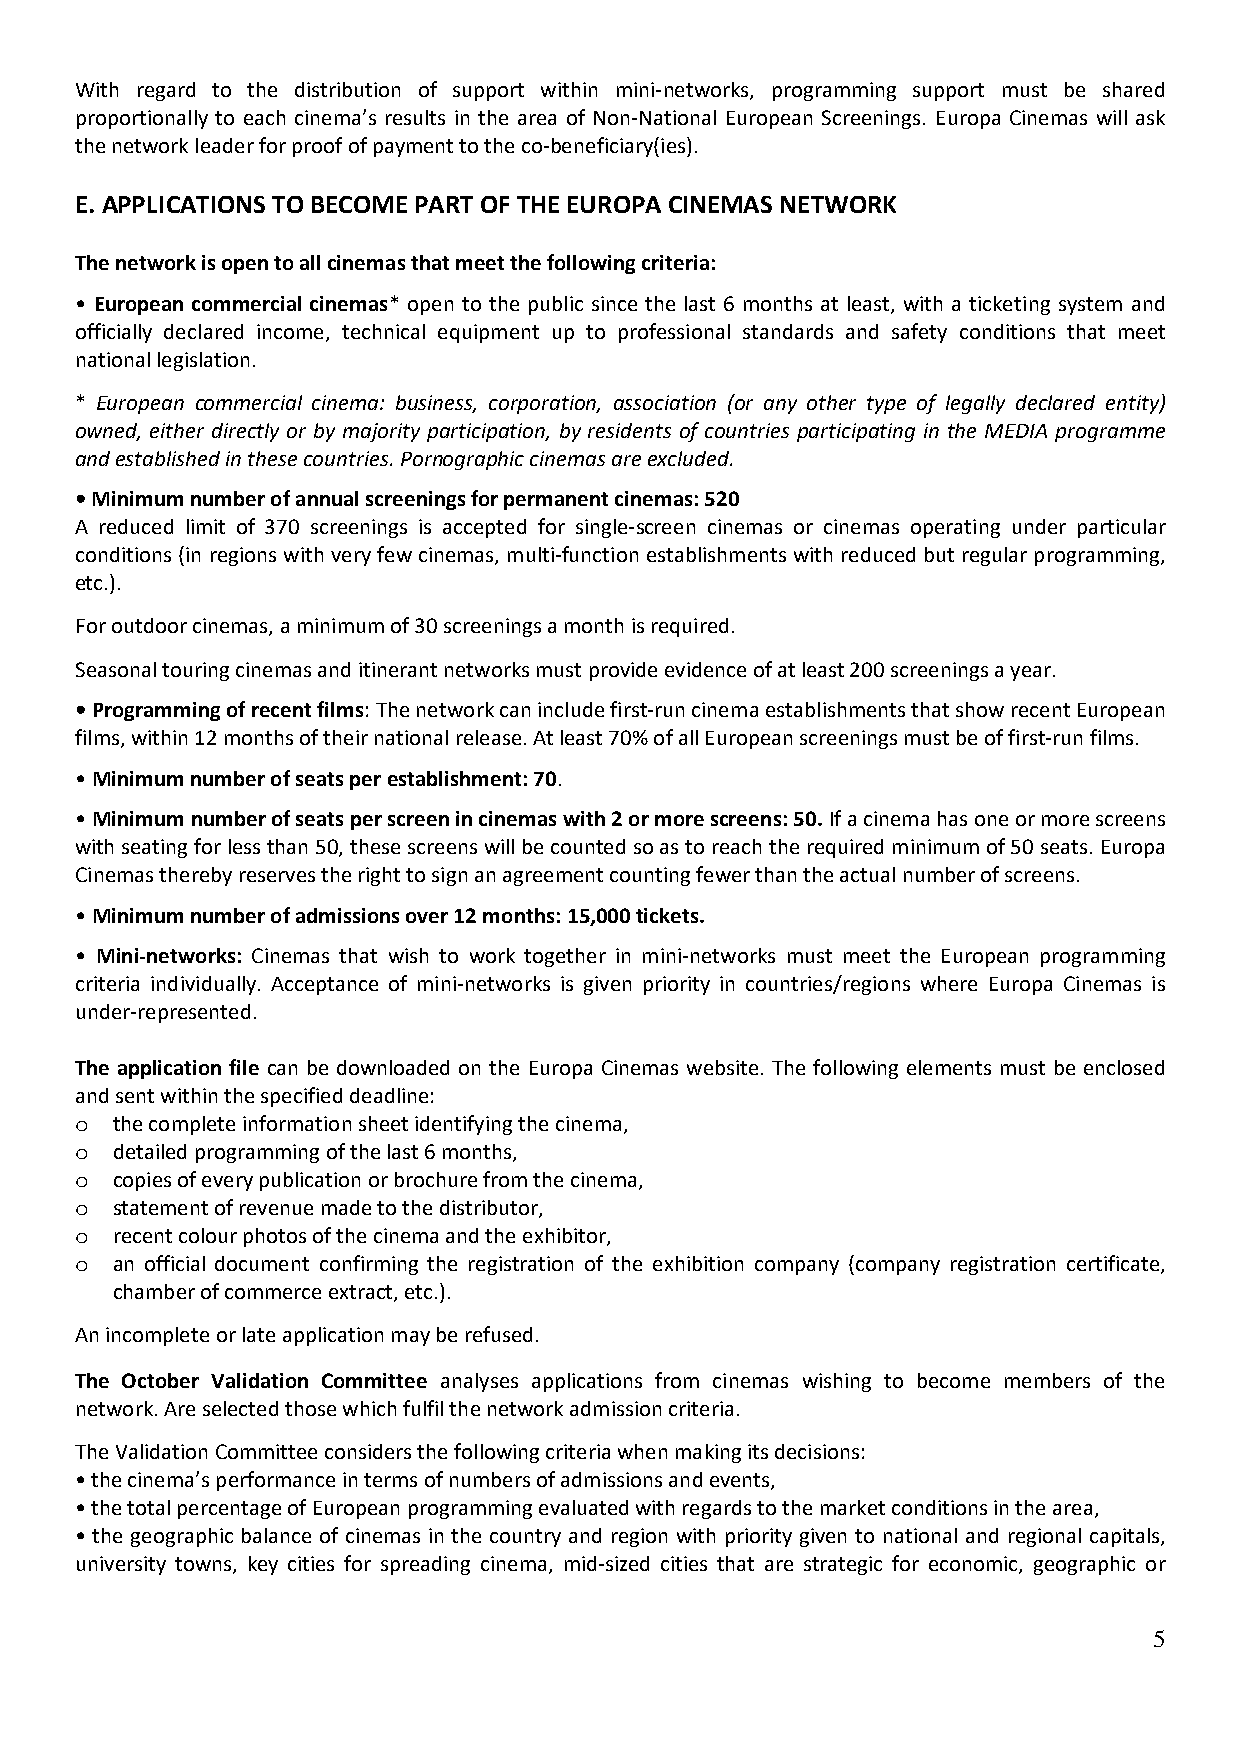
With regard to the distribution of support within mini-networks, programming support must be shared
 proportionally to each cinema’s results in the area of Non-National European Screenings. Europa Cinemas will ask
 the network leader for proof of payment to the co-beneficiary(ies).
 E. APPLICATIONS TO BECOME PART OF THE EUROPA CINEMAS NETWORK
 The network is open to all cinemas that meet the following criteria:
 • European commercial cinemas* open to the public since the last 6 months at least, with a ticketing system and
 officially declared income, technical equipment up to professional standards and safety conditions that meet
 national legislation.
 * European commercial cinema: business, corporation, association (or any other type of legally declared entity)
 owned, either directly or by majority participation, by residents of countries participating in the MEDIA programme
 and established in these countries. Pornographic cinemas are excluded.
 • Minimum number of annual screenings for permanent cinemas: 520
 A reduced limit of 370 screenings is accepted for single-screen cinemas or cinemas operating under particular
 conditions (in regions with very few cinemas, multi-function establishments with reduced but regular programming,
 etc.).
 For outdoor cinemas, a minimum of 30 screenings a month is required.
 Seasonal touring cinemas and itinerant networks must provide evidence of at least 200 screenings a year.
 • Programming of recent films: The network can include first-run cinema establishments that show recent European
 films, within 12 months of their national release. At least 70% of all European screenings must be of first-run films.
 • Minimum number of seats per establishment: 70.
 • Minimum number of seats per screen in cinemas with 2 or more screens: 50. If a cinema has one or more screens
 with seating for less than 50, these screens will be counted so as to reach the required minimum of 50 seats. Europa
 Cinemas thereby reserves the right to sign an agreement counting fewer than the actual number of screens.
 • Minimum number of admissions over 12 months: 15,000 tickets.
 • Mini-networks: Cinemas that wish to work together in mini-networks must meet the European programming
 criteria individually. Acceptance of mini-networks is given priority in countries/regions where Europa Cinemas is
 under-represented.
 The application file can be downloaded on the Europa Cinemas website. The following elements must be enclosed
 and sent within the specified deadline:
 the complete information sheet identifying the cinema,
 o
 detailed programming of the last 6 months,
 o
 copies of every publication or brochure from the cinema,
 o
 statement of revenue made to the distributor,
 o
 recent colour photos of the cinema and the exhibitor,
 o
 an official document confirming the registration of the exhibition company (company registration certificate,
 o
 chamber of commerce extract, etc.).
 An incomplete or late application may be refused.
 The October Validation Committee analyses applications from cinemas wishing to become members of the
 network. Are selected those which fulfil the network admission criteria.
 The Validation Committee considers the following criteria when making its decisions:
 • the cinema’s performance in terms of numbers of admissions and events,
 • the total percentage of European programming evaluated with regards to the market conditions in the area,
 • the geographic balance of cinemas in the country and region with priority given to national and regional capitals,
 university towns, key cities for spreading cinema, mid-sized cities that are strategic for economic, geographic or
 5